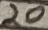
Text: 20